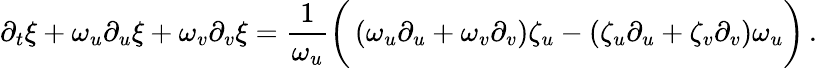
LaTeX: \partial_{t}\xi+\omega_{u}\partial_{u}\xi+\omega_{v}\partial_{v}\xi=\frac{1}{\omega_{u}}\left(\vphantom{\frac{1}{\omega_{u}}}\left(\omega_{u}\partial_{u}+\omega_{v}\partial_{v}\right)\zeta_{u}-\left(\zeta_{u}\partial_{u}+\zeta_{v}\partial_{v}\right)\omega_{u}\right)\, .